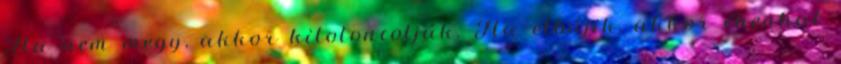
Ha nem megy, akkor kitoloncolják. Ha elbújik, akkor éhenhal